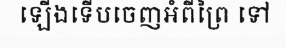
ឡើងទើបចេញអំពីព្រៃ ទៅ